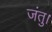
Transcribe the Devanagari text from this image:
जंतु।